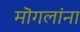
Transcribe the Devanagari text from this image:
मॊगलांना